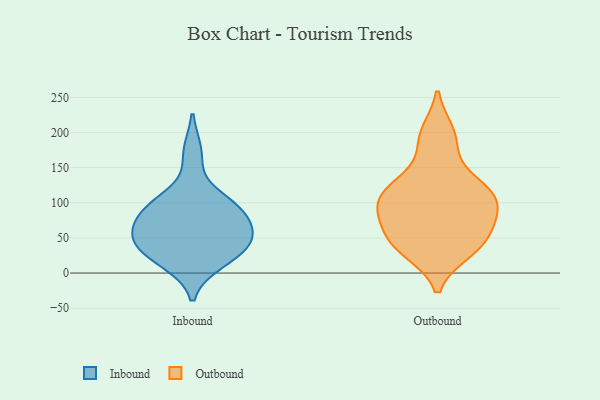
{"axis": {"x": "Bounce Rate (%)", "y": "Value"}, "legend": ["Inbound", "Outbound"], "data": [{"x": "", "y": 96, "type": "Inbound"}, {"x": "", "y": 97, "type": "Inbound"}, {"x": "", "y": 25, "type": "Inbound"}, {"x": "", "y": 171, "type": "Inbound"}, {"x": "", "y": 84, "type": "Inbound"}, {"x": "", "y": 61, "type": "Inbound"}, {"x": "", "y": 56, "type": "Inbound"}, {"x": "", "y": 31, "type": "Inbound"}, {"x": "", "y": 51, "type": "Inbound"}, {"x": "", "y": 96, "type": "Inbound"}, {"x": "", "y": 16, "type": "Inbound"}, {"x": "", "y": 46, "type": "Inbound"}, {"x": "", "y": 200, "type": "Outbound"}, {"x": "", "y": 34, "type": "Outbound"}, {"x": "", "y": 40, "type": "Outbound"}, {"x": "", "y": 67, "type": "Outbound"}, {"x": "", "y": 177, "type": "Outbound"}, {"x": "", "y": 78, "type": "Outbound"}, {"x": "", "y": 37, "type": "Outbound"}, {"x": "", "y": 91, "type": "Outbound"}, {"x": "", "y": 104, "type": "Outbound"}, {"x": "", "y": 85, "type": "Outbound"}, {"x": "", "y": 198, "type": "Outbound"}, {"x": "", "y": 44, "type": "Outbound"}, {"x": "", "y": 127, "type": "Outbound"}, {"x": "", "y": 99, "type": "Outbound"}, {"x": "", "y": 31, "type": "Outbound"}, {"x": "", "y": 115, "type": "Outbound"}, {"x": "", "y": 113, "type": "Outbound"}, {"x": "", "y": 65, "type": "Outbound"}, {"x": "", "y": 117, "type": "Outbound"}, {"x": "", "y": 131, "type": "Outbound"}]}